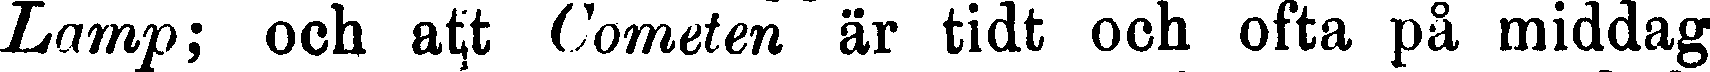
Lamp; och att Cometen är tidt och ofta på middag